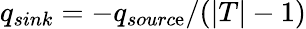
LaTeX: q_{sink}=-q_{sourc\mathrm{e}}/(|T|-1)